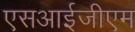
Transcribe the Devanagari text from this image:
एसआईजीएम